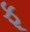
ફૂ